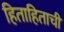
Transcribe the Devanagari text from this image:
हिताहिताची